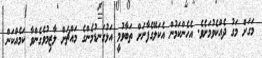
މަގަށް މަގު ދެއްކެވުމަށެވެ. އެހެންކަމުން އެކަލޭގެފާނަށް ތަބާވުމީ އަޅުގަނޑުމެންގެ މައްޗަށް ލާޒިމުވެގެންވާ ކަމެއްކަން